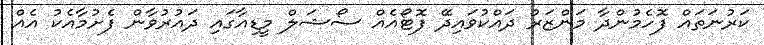
ކަރުނަތައް ފޮހެމުންދާ މަންޒަރު ދައްކުވައިދޭ ފޮޓޯއެއް ސޯޝަލް މީޑިއާގައި ދައުރުވާން ފެށުމާއެކު އެއް